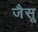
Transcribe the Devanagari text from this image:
जैसू